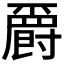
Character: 𱭆